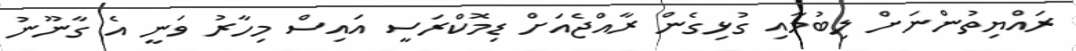
ރައްޔިތުންނަށް ލިބުމާއި ގުޅިގެން ރާއްޖެއަށް ޑިމޮކްރަސީ އައިސް މިހާރު ވަނީ އެ ގާނޫނު